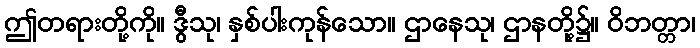
ဤတရားတို့ကို။ ဒွီသု၊ နှစ်ပါးကုန်သော။ ဌာနေသု၊ ဌာနတို့၌။ ဝိဘတ္တာ၊